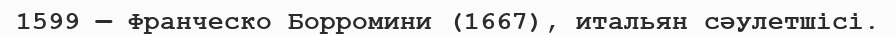
1599 — Франческо Борромини (1667), итальян сәулетшісі.